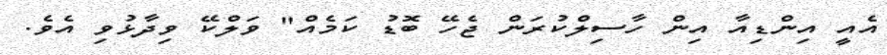
އެއީ އިންޑިއާ އިން ހާސިލްކުރަން ޖެހޭ ބޮޑު ކަމެއް" ވަލްކޭ ވިދާޅުވި އެވެ.